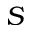
S